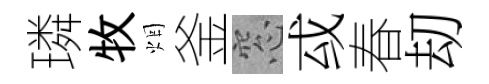
璘牧烟釜窓㦯春刧